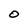
Character: O